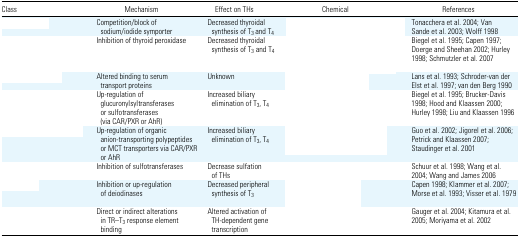
<table><thead><tr><td><b>Class</b></td><td><b>Mechanism</b></td><td><b>Effect on THs</b></td><td><b>Chemical</b></td><td><b>References</b></td></tr></thead><tbody><tr><td>[EMPTY_CELL]</td><td>Competition/block of sodium/iodide symporter</td><td>Decreased thyroidal synthesis of T<sub>3</sub> and T<sub>4</sub></td><td>[EMPTY_CELL]</td><td>Tonacchera et al. 2004; Van Sande et al. 2003; Wolff 1998</td></tr><tr><td>[EMPTY_CELL]</td><td>Inhibition of thyroid peroxidase</td><td>Decreased thyroidal synthesis of T<sub>3</sub> and T<sub>4</sub></td><td>[EMPTY_CELL]</td><td>Biegel et al. 1995; Capen 1997; Doerge and Sheehan 2002; Hurley 1998; Schmutzler et al. 2007</td></tr><tr><td>[EMPTY_CELL]</td><td>Altered binding to serum transport proteins</td><td>Unknown</td><td>[EMPTY_CELL]</td><td>Lans et al. 1993; Schroder-van der Elst et al. 1997; van den Berg 1990</td></tr><tr><td>[EMPTY_CELL]</td><td>Up-regulation of glucuronylsyltransferases or sulfotransferases (via CAR/PXR or AhR)</td><td>Increased biliary elimination of T<sub>3</sub>, T<sub>4</sub></td><td>[EMPTY_CELL]</td><td>Biegel et al. 1995; Brucker-Davis 1998; Hood and Klaassen 2000; Hurley 1998; Liu and Klaassen 1996</td></tr><tr><td>[EMPTY_CELL]</td><td>Up-regulation of organic anion-transporting polypeptides or MCT transporters via CAR/PXR or AhR</td><td>Increased biliary elimination of T<sub>3</sub>, T<sub>4</sub></td><td>[EMPTY_CELL]</td><td>Guo et al. 2002; Jigorel et al. 2006; Petrick and Klaassen 2007; Staudinger et al. 2001</td></tr><tr><td>[EMPTY_CELL]</td><td>Inhibition of sulfotransferases</td><td>Decrease sulfation of THs</td><td>[EMPTY_CELL]</td><td>Schuur et al. 1998; Wang et al. 2004; Wang and James 2006</td></tr><tr><td>[EMPTY_CELL]</td><td>Inhibition or up-regulation of deiodinases</td><td>Decreased peripheral synthesis of T<sub>3</sub></td><td>[EMPTY_CELL]</td><td>Capen 1998; Klammer et al. 2007; Morse et al. 1993; Visser et al. 1979</td></tr><tr><td>[EMPTY_CELL]</td><td>Direct or indirect alterations in TR–T<sub>3</sub> response element binding</td><td>Altered activation of TH-dependent gene transcription</td><td>[EMPTY_CELL]</td><td>Gauger et al. 2004; Kitamura et al. 2005; Moriyama et al. 2002</td></tr></tbody></table>